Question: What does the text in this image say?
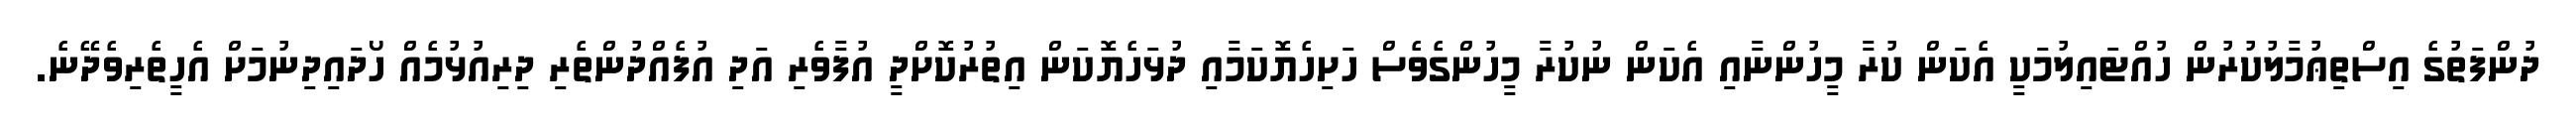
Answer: ދުންފަތުގެ އިސްތިޢުމާލުކުރުން ހުއްޓައިލުމަކީ އެކަން ކުރާ މީހުންނާއި އެކަން ނުކުރާ މީހުންގެވެސް ހަށިހެޔޮކަމާއި ދުޅަހެޔޮކަން އިތުރުކޮށްދީ އުފާވެރި އަދި އުފެއްދުންތެރި ދިރިއުޅުމެއް ހޯދައިދިނުމަށް އެހީތެރިވެދޭނެ.